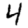
Digit: 4